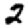
Digit: 2